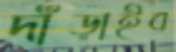
দাঁড়াইব